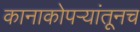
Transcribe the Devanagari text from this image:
कानाकोपऱ्यांतूनच